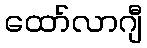
ထော်လာဂျီ